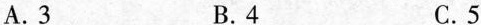
A.3 B.4 C.5